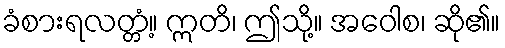
ခံစားရလတ္တံ့။ ဣတိ၊ ဤသို့။ အဝေါစ၊ ဆို၏။